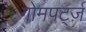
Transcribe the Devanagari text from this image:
गोमपर्ट्ज़